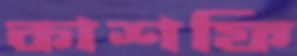
কাশফি